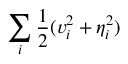
\sum _ { i } \frac { 1 } { 2 } ( v _ { i } ^ { 2 } + \eta _ { i } ^ { 2 } )